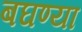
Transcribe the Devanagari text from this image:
बघण्या